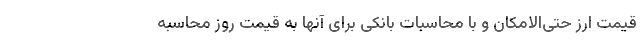
قیمت ارز حتی‌الامکان و با محاسبات بانکی برای آنها به قیمت روز محاسبه